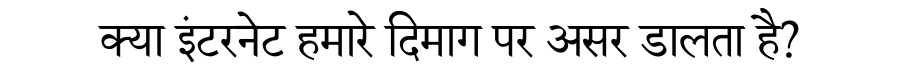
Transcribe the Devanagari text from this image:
क्या इंटरनेट हमारे दिमाग पर असर डालता है?